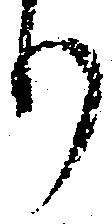
り